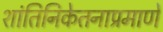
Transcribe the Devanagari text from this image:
शांतिनिकेतनाप्रमाणे